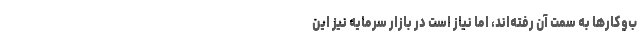
ب‌وکارها به سمت آن رفته‌اند، اما نیاز است در بازار سرمایه نیز این